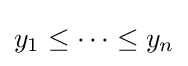
y_{1}\leq \cdots \leq y_{n}